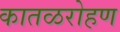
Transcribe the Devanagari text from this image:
कातळरोहण